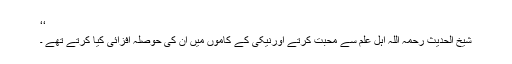
‘‘
شیخ الحدیث رحمہ اللہ اہل علم سے محبت کرتے اورنیکی کے کاموں میں ان کی حوصلہ افزائی کیا کرتے تھے ۔